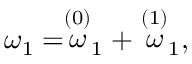
\omega _ { 1 } = \stackrel { \left( 0 \right) } { \omega } _ { 1 } + \stackrel { \left( 1 \right) } { \omega } _ { 1 } ,